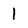
Character: l